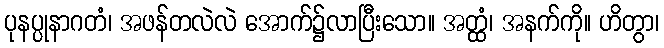
ပုနပ္ပုနာဂတံ၊ အဖန်တလဲလဲ အောက်၌လာပြီးသော။ အတ္ထံ၊ အနက်ကို။ ဟိတွာ၊